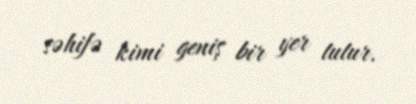
səhifə kimi geniş bir yer tutur.